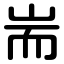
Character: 耑